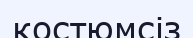
костюмсіз